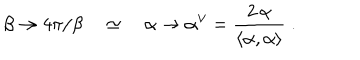
\beta \rightarrow 4 \pi / \beta \quad \simeq \quad \alpha \rightarrow \alpha ^ { \vee } = \frac { 2 \, \alpha } { \left\langle \alpha , \alpha \right\rangle } \; .